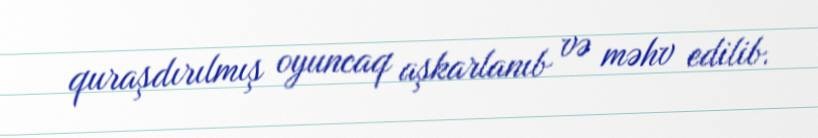
quraşdırılmış oyuncaq aşkarlanıb və məhv edilib.